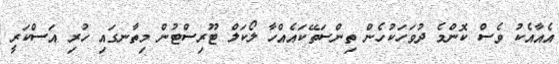
އެއާއެކު ވެސް ކޮންމެ ދުވަހަކުހެން ތިންސަތޭކައެއްހާ ލޯކަލް ޓޫރިސްޓުން މިތާނގައި ހުރިި އަސްކަރީ